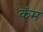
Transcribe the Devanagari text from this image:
कॅम